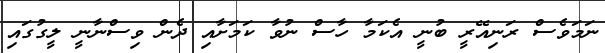
ނަމަވެސް ރަނިއޭރީ ބުނީ އެކަމާ ހާސް ނުވާ ކަމަށާއި ދެން ވިސްނާނީ ލީގުގައި